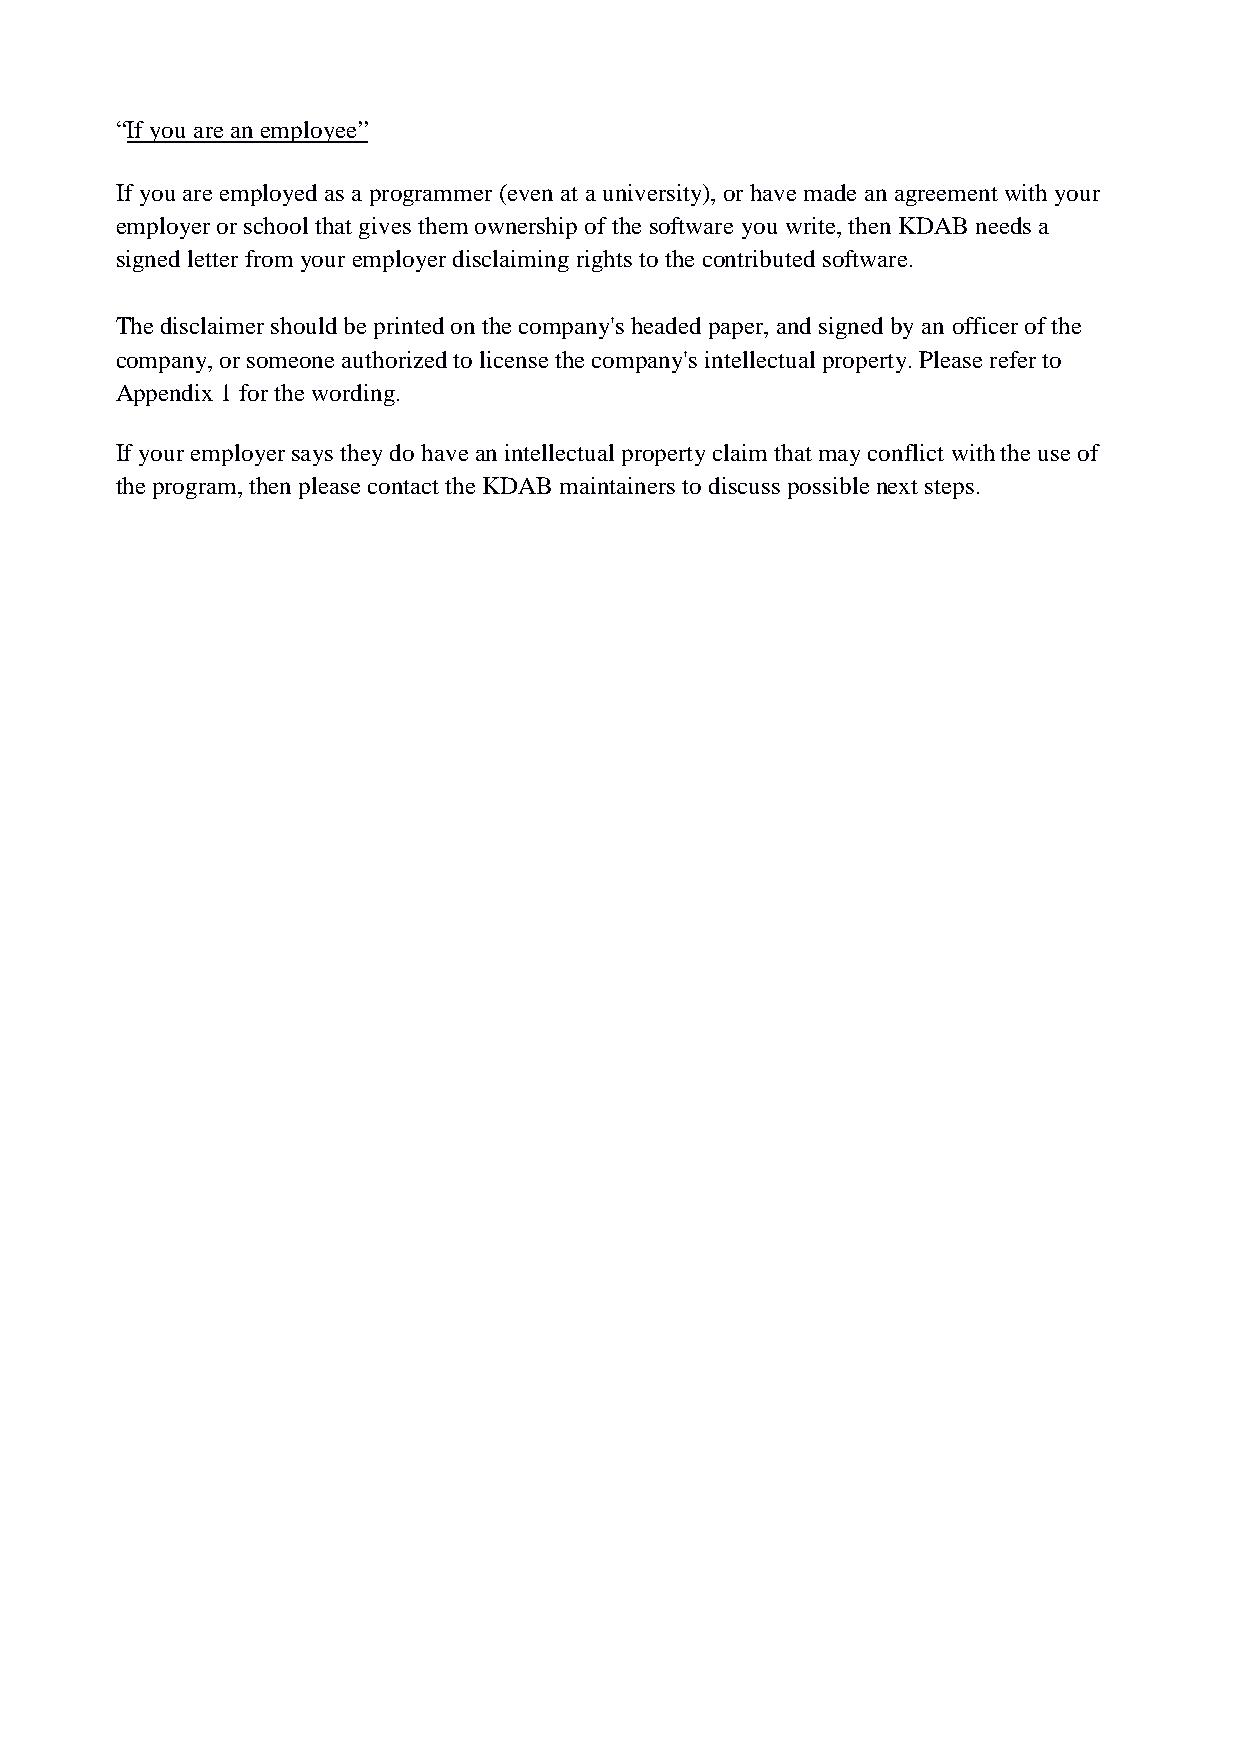
Don't forget to include the original signed copy of the employer's disclaimer. Please try
 to print the whole first page of the form on a single piece of paper. If it does not fit onto
 one printed page, print it on two sides of a single piece ofpaper, and attach the second
 page of the form. Please write the date using letters rather than numbers to avoid any
 “If you are an employee”
 confusion due to international day/month ordering conventions.
 If you are employed as a programmer (even at a university), or have made an agreement with your
 employer or school that gives them ownership of the software you write, then KDAB needs a
 signed letter from your employer disclaiming rights to the contributed software.
 The disclaimer should be printed on the company's headed paper, and signed by an officer of the
 company, or someone authorized to license the company's intellectual property. Please refer to
 Appendix 1 for the wording.
 If your employer says they do have an intellectual property claim that may conflict with the use of
 the program, then please contact the KDAB maintainers to discuss possible next steps.